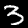
Digit: 3